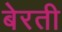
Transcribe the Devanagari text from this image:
बेरती